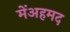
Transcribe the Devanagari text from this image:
मेंअहमद